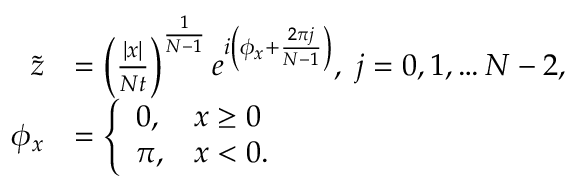
\begin{array} { r l } { \Tilde { z } } & { = \left( \frac { | x | } { N t } \right) ^ { \frac { 1 } { N - 1 } } e ^ { i \left( \phi _ { x } + \frac { 2 \pi j } { N - 1 } \right) } , \ j = 0 , 1 , \dots N - 2 , } \\ { \phi _ { x } } & { = \left\{ \begin{array} { l l } { 0 , } & { x \geq 0 } \\ { \pi , } & { x < 0 . } \end{array} \right. } \end{array}